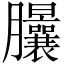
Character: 𦣙